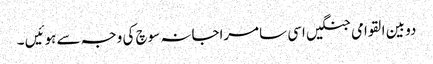
دو بین القوامی جنگیں اسی سامراجانہ سوچ کی وجہ سے ہوئیں ۔